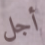
أجل